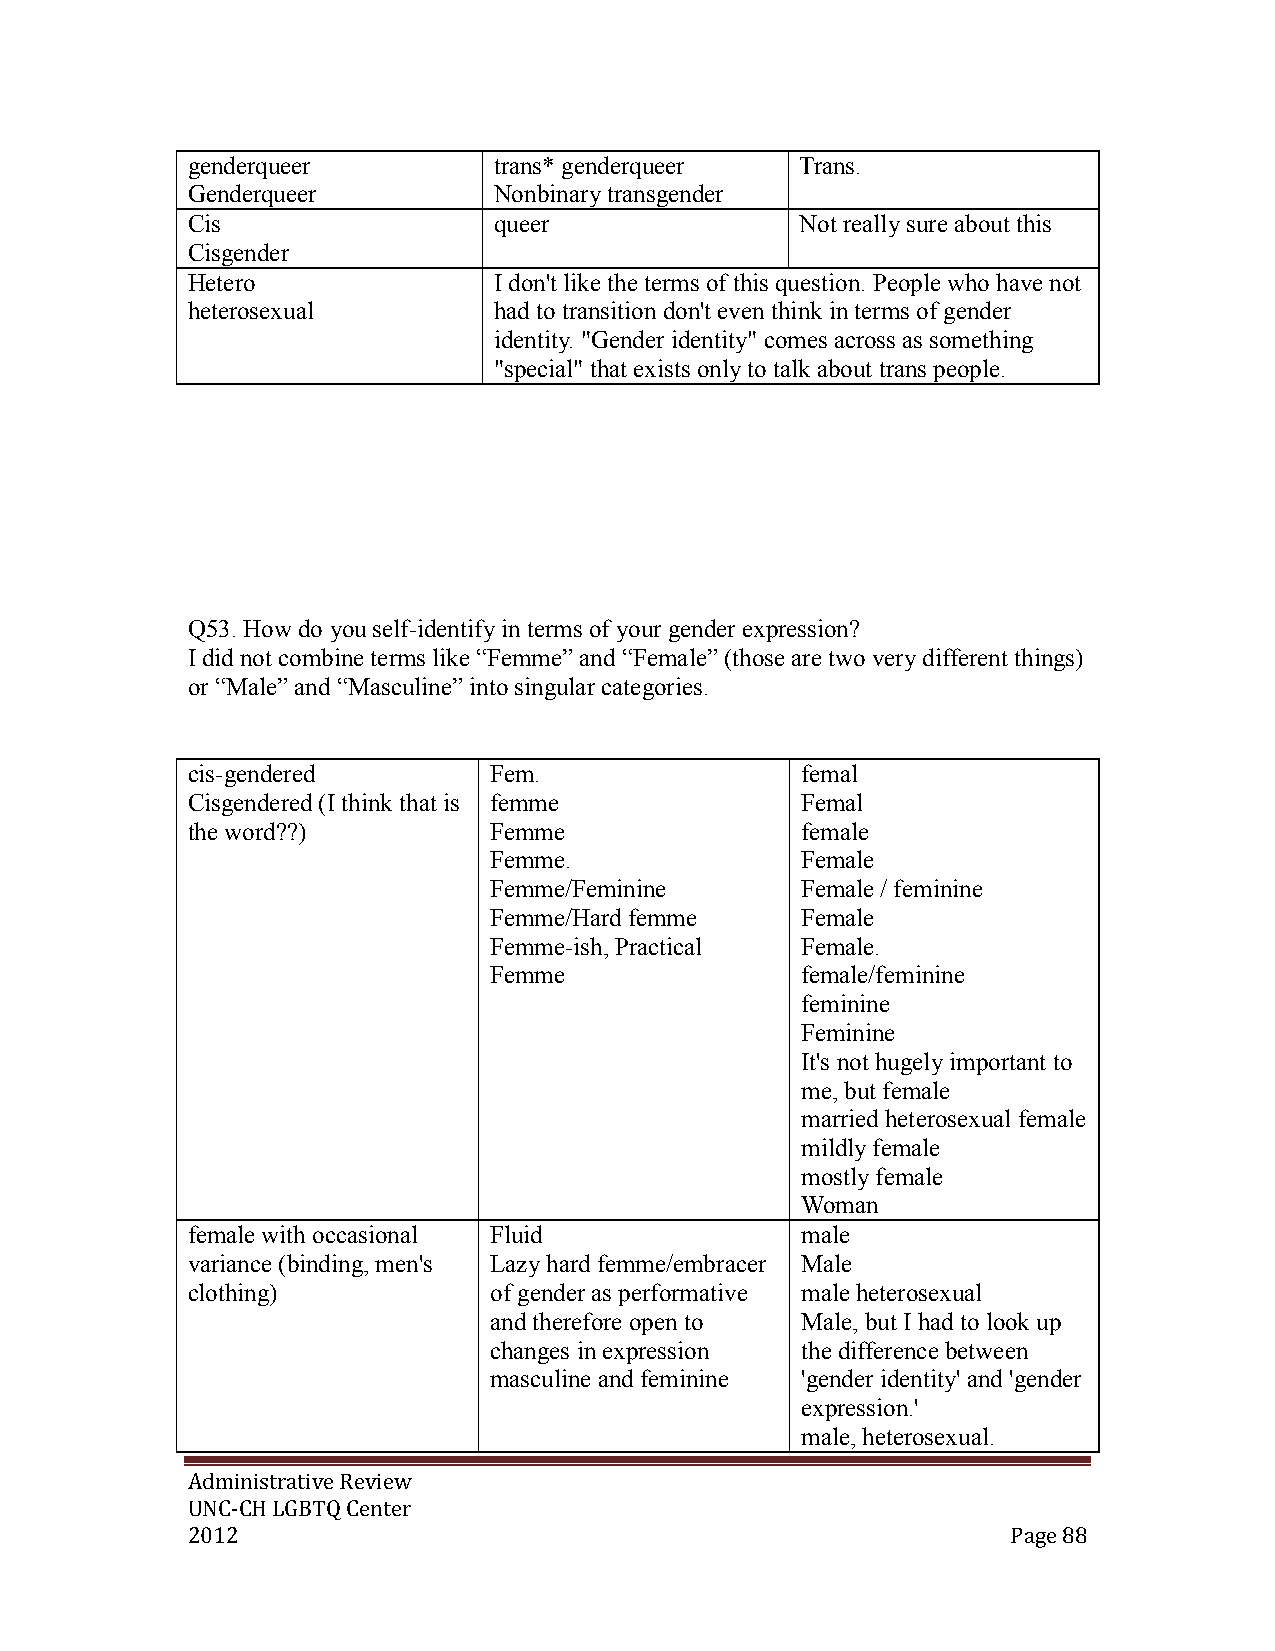
genderqueer          trans* genderqueer  Trans.
 Genderqueer          Nonbinary transgender
 Cis                  queer               Not really sure about this
 Cisgender
 Hetero               I don't like the terms of this question. People who have not
 heterosexual         had to transition don't even think in terms of gender
 identity. "Gender identity" comes across as something
 "special" that exists only to talk about trans people.
 Q53. How do you self-identify in terms of your gender expression?
 I did not combine terms like “Femme” and “Female” (those are two very different things)
 or “Male” and “Masculine” into singular categories.
 cis-gendered        Fem.                 femal
 Cisgendered (I think that is femme       Femal
 the word??)         Femme                female
 Femme.               Female
 Femme/Feminine       Female / feminine
 Femme/Hard femme     Female
 Femme-ish, Practical Female.
 Femme                female/feminine
 feminine
 Feminine
 It's not hugely important to
 me, but female
 married heterosexual female
 mildly female
 mostly female
 Woman
 female with occasional Fluid             male
 variance (binding, men's Lazy hard femme/embracer Male
 clothing)           of gender as performative male heterosexual
 and therefore open to Male, but I had to look up
 changes in expression the difference between
 masculine and feminine 'gender identity' and 'gender
 expression.'
 male, heterosexual.
 Administrative Review
 UNC-CH LGBTQ Center
 2012                                                   Page 88